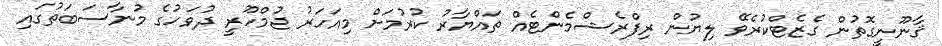
ޤާނޫނީގޮތުން ގެޒެޓްކުރެވޭ ލިޔުން ރިފްރެޝްމެންޓެއް ތައްޔާރު ކުރުމަށް މިއަހަރު ޖުމްހޫރީ ދުވަހުގެ މުނާސަބަތުގައި